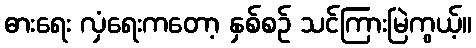
ဓားရေး လှံရေးကတော့ နှစ်စဉ် သင်ကြားမြဲကွယ့်။